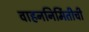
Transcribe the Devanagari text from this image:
वाहननिर्मितीची